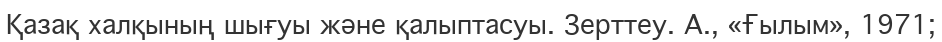
Қазақ халқының шығуы және қалыптасуы. Зерттеу. А., «Ғылым», 1971;